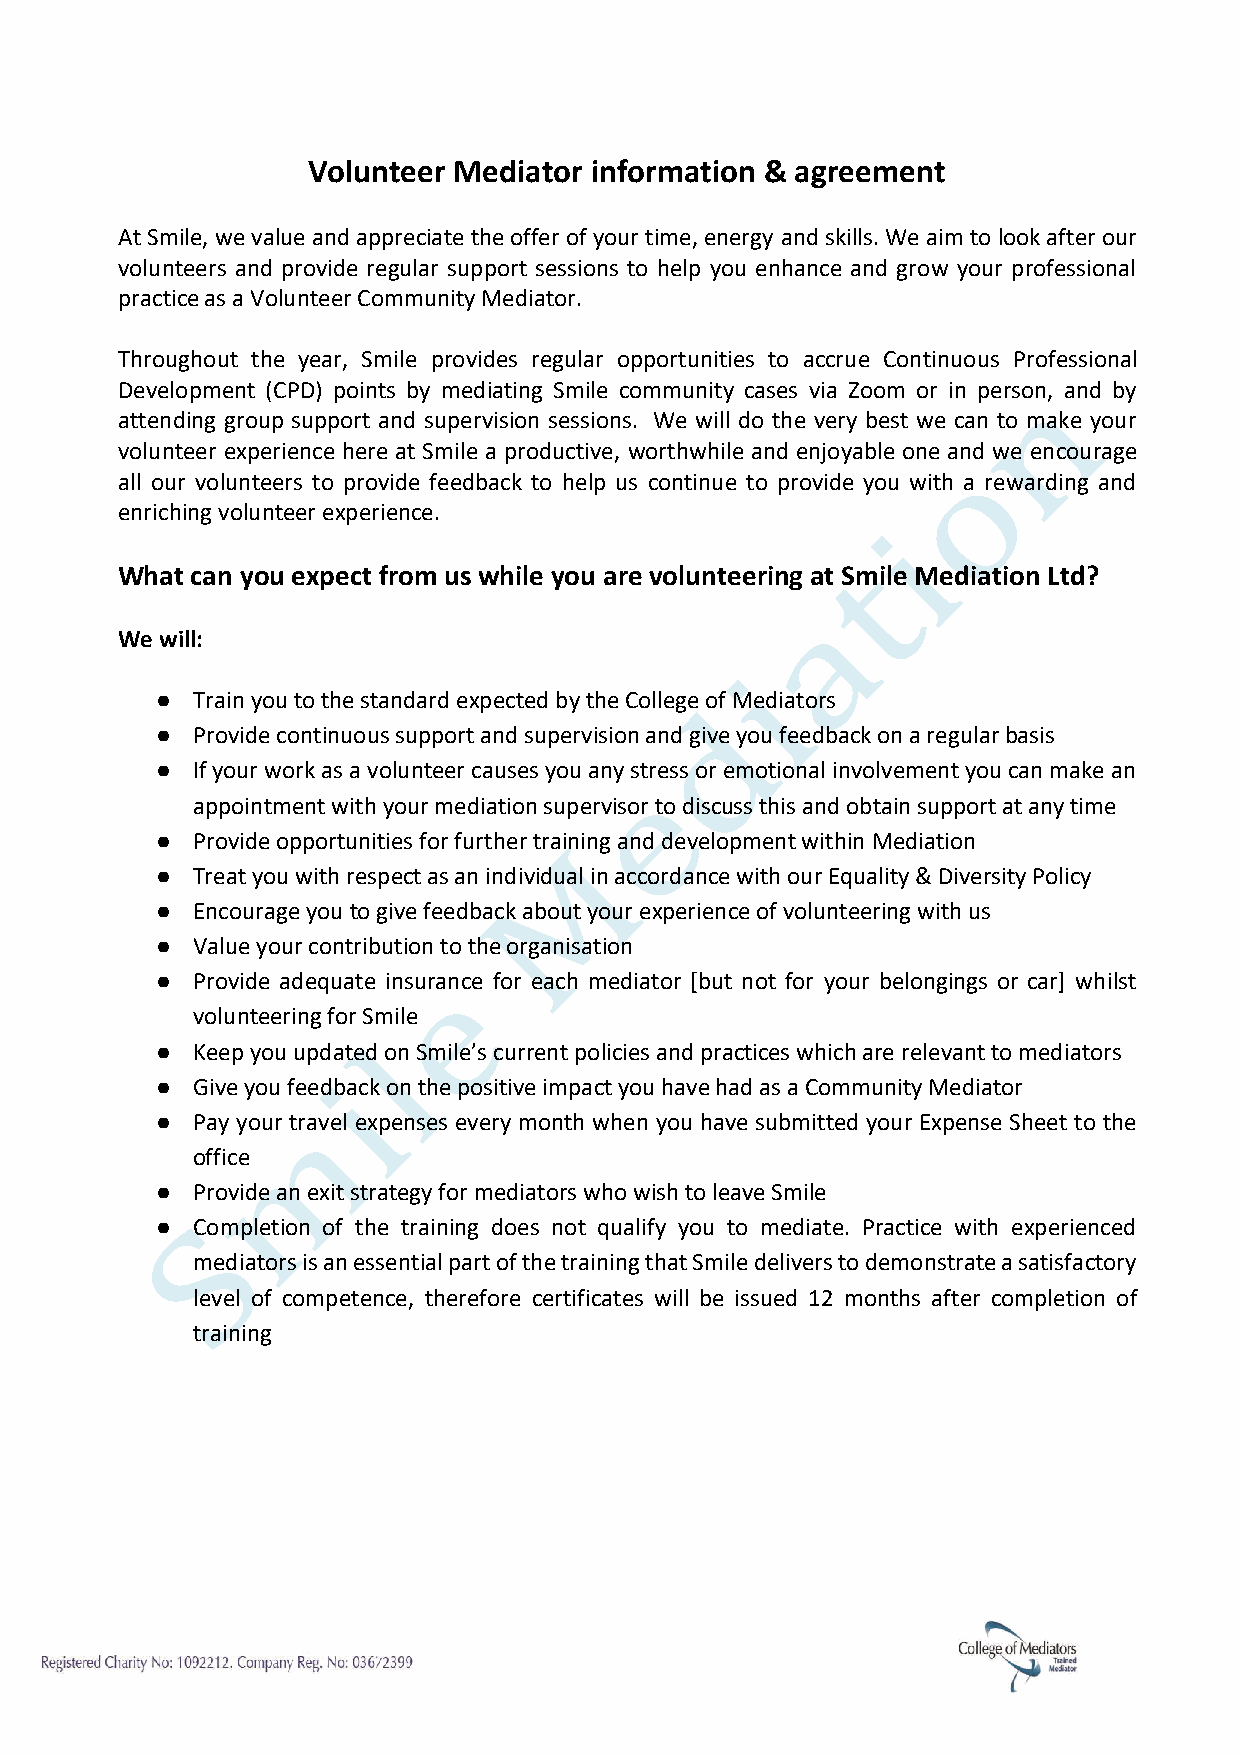
Volunteer Mediator information & agreement
 At Smile, we value and appreciate the offer of your time, energy and skills. We aim to look after our
 volunteers and provide regular support sessions to help you enhance and grow your professional
 practice as a Volunteer Community Mediator.
 Throughout the year, Smile provides regular opportunities to accrue Continuous Professional
 Development (CPD) points by mediating Smile community cases via Zoom or in person, and by
 attending group support and supervision sessions. We will do the very best we can to make your
 volunteer experience here at Smile a productive, worthwhile and enjoyable one and we encourage
 all our volunteers to provide feedback to help us continue to provide you with a rewarding and
 enriching volunteer experience.
 What can you expect from us while you are volunteering at Smile Mediation Ltd?
 We will:
 ●  Train you to the standard expected by the College of Mediators
 ●  Provide continuous support and supervision and give you feedback on a regular basis
 ●  If your work as a volunteer causes you any stress or emotional involvement you can make an
 appointment with your mediation supervisor to discuss this and obtain support at any time
 ●  Provide opportunities for further training and development within Mediation
 ●  Treat you with respect as an individual in accordance with our Equality & Diversity Policy
 ●  Encourage you to give feedback about your experience of volunteering with us
 ●  Value your contribution to the organisation
 ●  Provide adequate insurance for each mediator [but not for your belongings or car] whilst
 volunteering for Smile
 ●  Keep you updated on Smile’s current policies and practices which are relevant to mediators
 ●  Give you feedback on the positive impact you have had as a Community Mediator
 ●  Pay your travel expenses every month when you have submitted your Expense Sheet to the
 office
 ●  Provide an exit strategy for mediators who wish to leave Smile
 ●  Completion of the training does not qualify you to mediate. Practice with experienced
 mediators is an essential part of the training that Smile delivers to demonstrate a satisfactory
 level of competence, therefore certificates will be issued 12 months after completion of
 training